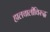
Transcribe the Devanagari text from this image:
हालचालीविरुद्ध